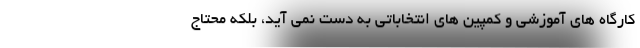
کارگاه های آموزشی و کمپین های انتخاباتی به دست نمی آید، بلکه محتاج